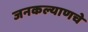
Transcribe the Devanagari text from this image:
जनकल्याणचे